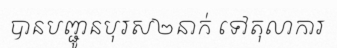
បានបញ្ជូនបុរស២នាក់ ទៅតុលាការ